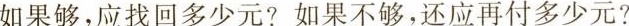
如果够，应找回多少元?如果不够，还应再付多少元？